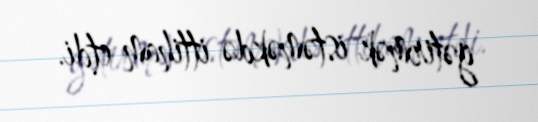
gətirmək istəməkdə ittiham etdi.